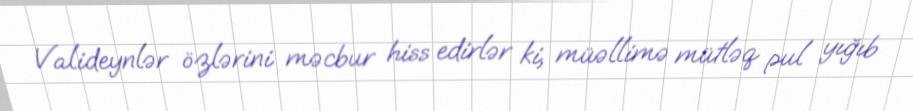
Valideynlər özlərini məcbur hiss edirlər ki, müəllimə mütləq pul yığıb